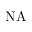
\mathrm { N A }